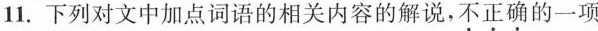
11. 下列对文中加点词语的相关内容的解说，不正确的一项